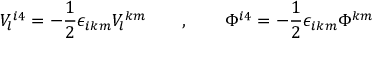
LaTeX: V _ { l } { } ^ { i 4 } = - { \frac { 1 } { 2 } } \epsilon _ { i k m } V _ { l } { } ^ { k m } \qquad , \qquad \Phi ^ { i 4 } = - { \frac { 1 } { 2 } } \epsilon _ { i k m } \Phi { } ^ { k m }